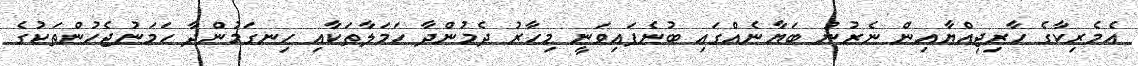
އެމެރިކާގެ ހާރިޖިއްޔާއިން ނެރުނު ބަޔާނެއްގައި ބުނެފައިވަނީ މިހާރު ދެމުންދާ ހަމަލާތަކާއި ހިނގަމުންދާ ހަމަނުޖެހުންތަކުގެ